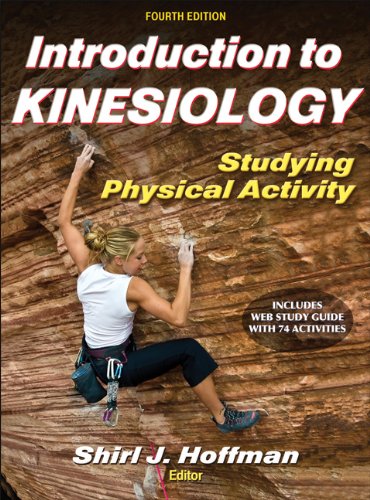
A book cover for Introduction to Kinesiology With Web Study Guide-4th Edition: Studying Physical Activity; Medical Books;